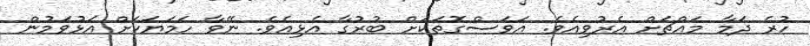
ހުރެ ދަމާ މައްޗަށް އެރުވިއެވެ. އަވަސްގޮތަކަށް ބުރުގާ އެޅިއެވެ. ނޭވާ ހަމަޔަކަށް އަޅުވަމުން